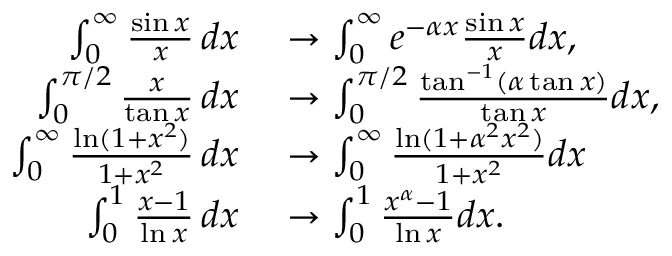
\begin{array} { r l } { \int _ { 0 } ^ { \infty } { \frac { \sin x } { x } } \, d x } & { { } \to \int _ { 0 } ^ { \infty } e ^ { - \alpha x } { \frac { \sin x } { x } } d x , } \\ { \int _ { 0 } ^ { \pi / 2 } { \frac { x } { \tan x } } \, d x } & { { } \to \int _ { 0 } ^ { \pi / 2 } { \frac { \tan ^ { - 1 } ( \alpha \tan x ) } { \tan x } } d x , } \\ { \int _ { 0 } ^ { \infty } { \frac { \ln ( 1 + x ^ { 2 } ) } { 1 + x ^ { 2 } } } \, d x } & { { } \to \int _ { 0 } ^ { \infty } { \frac { \ln ( 1 + \alpha ^ { 2 } x ^ { 2 } ) } { 1 + x ^ { 2 } } } d x } \\ { \int _ { 0 } ^ { 1 } { \frac { x - 1 } { \ln x } } \, d x } & { { } \to \int _ { 0 } ^ { 1 } { \frac { x ^ { \alpha } - 1 } { \ln x } } d x . } \end{array}